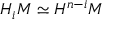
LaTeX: H _ { i } M \simeq H ^ { n - i } M